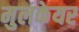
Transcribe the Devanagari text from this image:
मुलकेयर